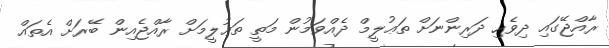
ރާއްޖޭގައި ދިވެހި ދަރިންނަށް ތަޢުލީމް ދެއްވަމުން މަތީ ތަޢުލީމަށް ރާއްޖެއިން ބޭރަށް އެތައް